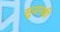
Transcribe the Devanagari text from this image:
सूजनकी